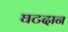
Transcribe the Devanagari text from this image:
घटदान